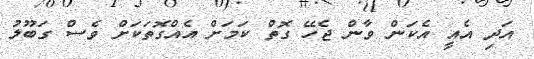
އަދި އެއީ އެކަން ވާން ޖެހޭ ގޮތް ކަމަށް އެއްގޮތަކަށް ވެސް ގަބޫލު